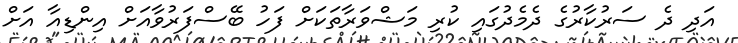
އަދި ދެ ސަރުކާރުގެ ދެމެދުގައި ކުރި މަޝްވަރާތަކަށް ފަހު ބޭސްފަރުވާއަށް އިންޑިއާ އަށް